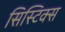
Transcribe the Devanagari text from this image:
सिस्टिक्स